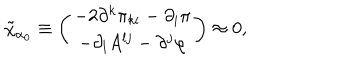
\tilde { \chi } _ { \alpha _ { 0 } } \equiv \left( \begin{array} { c } { { - 2 \partial ^ { k } \pi _ { k i } - \partial _ { i } \pi } } \\ { { - \partial _ { l } A ^ { l j } - \partial ^ { j } \varphi } } \\ \end{array} \right) \approx 0 ,